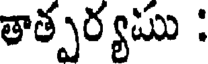
తాత్పర్యము :